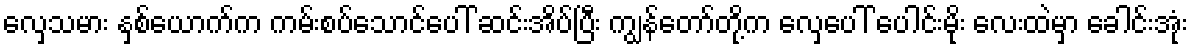
လှေသမား နှစ်ယောက်က ကမ်းစပ်သောင်ပေါ် ဆင်းအိပ်ပြီး ကျွန်တော်တို့က လှေပေါ် ပေါင်းမိုး လေးထဲမှာ ခေါင်းအုံး